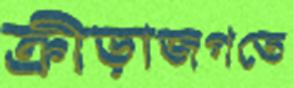
ক্রীড়াজগতে